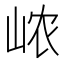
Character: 𰎞